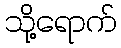
သို့ရောက်